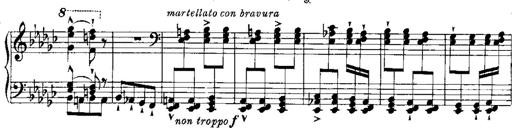
Title: RÃ©miniscences de Norma de Bellini
Composer: Franz Liszt